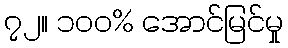
၇၂။ ၁၀၀% အောင်မြင်မှု